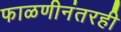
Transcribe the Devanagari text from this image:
फाळणीनंतरही